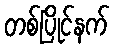
တစ်ပြိုင်နက်